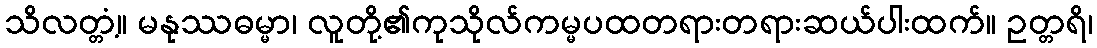
သိလတ္တံ့။ မနုဿဓမ္မာ၊ လူတို့၏ကုသိုလ်ကမ္မပထတရားတရားဆယ်ပါးထက်။ ဥတ္တရိ၊